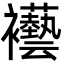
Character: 襼